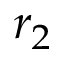
r _ { 2 }